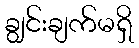
ချွင်းချက်မရှိ